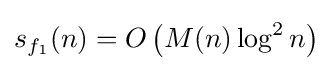
s_{f_{1}}(n)=O\left(M(n)\log ^{2}n\right)